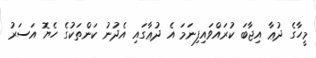
މީހާގެ ދުޢާ އިޖާބަ ކުރައްވައިފިނަމަ އެ ދުޢާގައި އެދުނު ކަންތަކުގެ ހެޔޮ އަސަރު